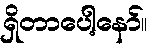
ရှိတာပေါ့နော်။